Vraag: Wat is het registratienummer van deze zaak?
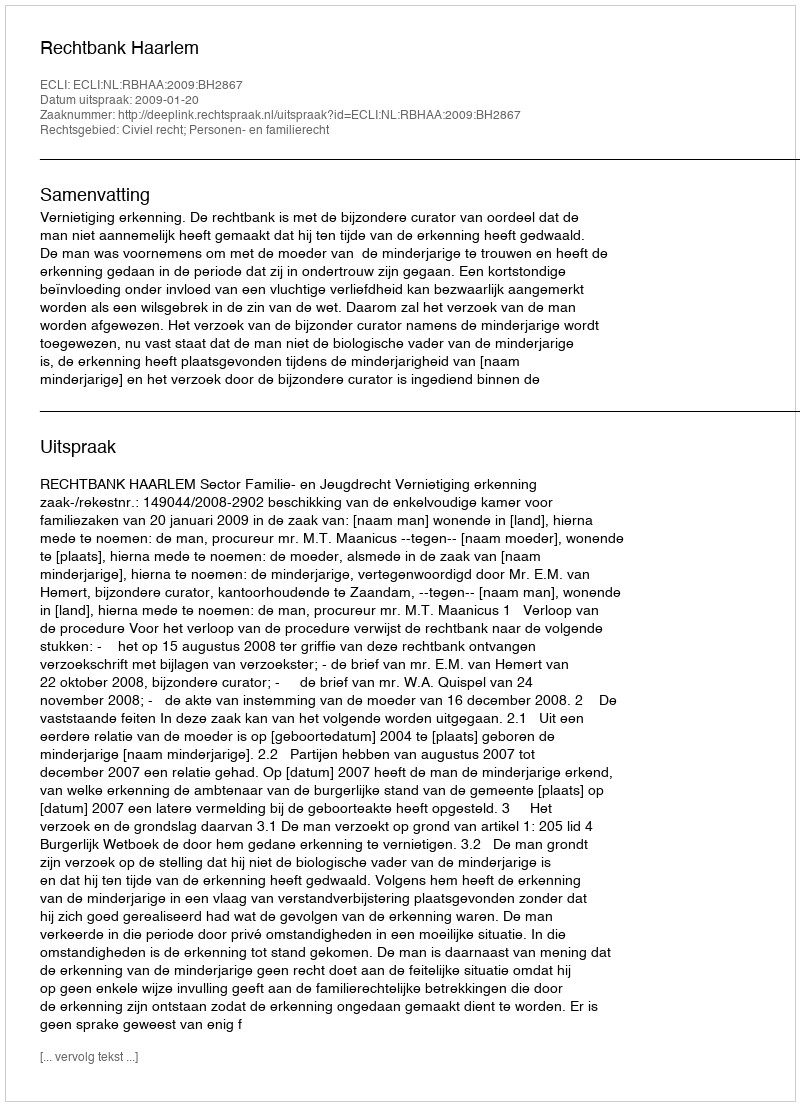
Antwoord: http://deeplink.rechtspraak.nl/uitspraak?id=ECLI:NL:RBHAA:2009:BH2867